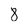
Character: 8